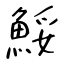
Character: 鮾